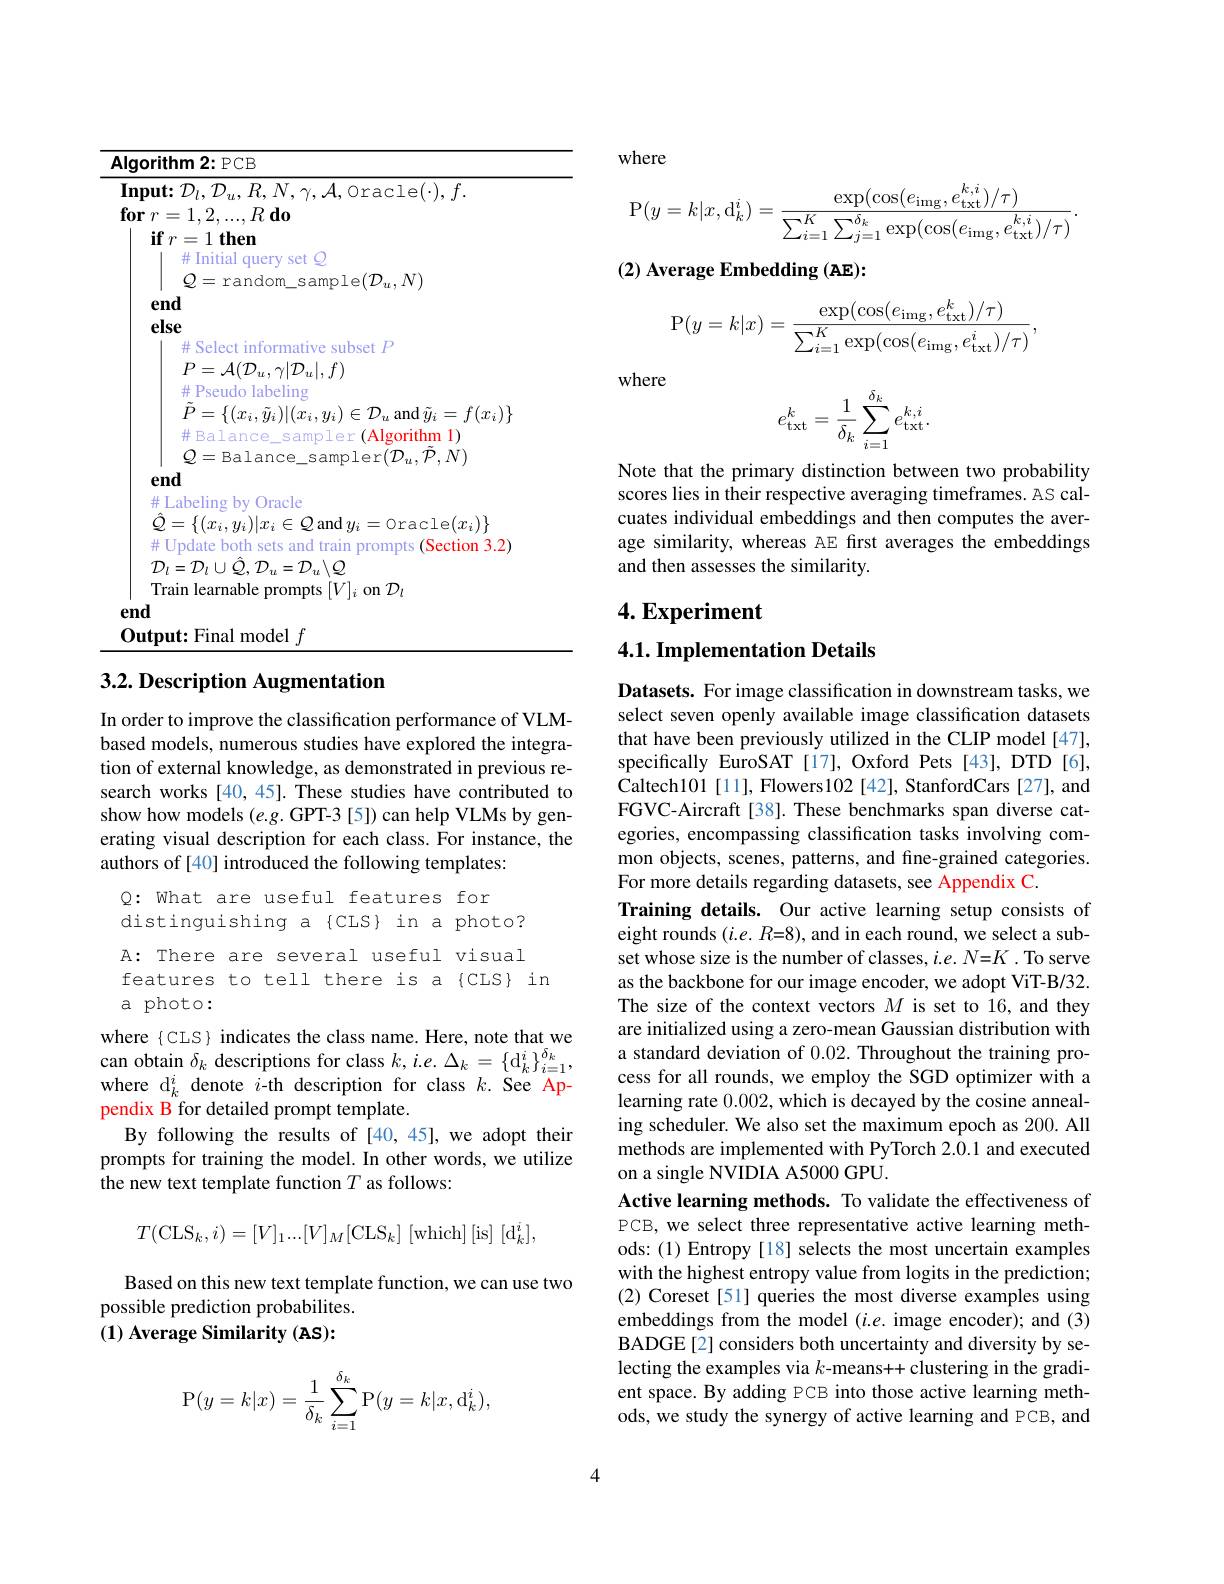
<table>
	<tbody>
		<tr>
			<td>$lg$ T</td>
			<td>${: }\mathbf{hm}$ 2{:} PCB</td>
		</tr>
		<tr>
			<td>$3\mathbf{n}$</td>
			<td> </td>
		</tr>
		<tr>
			<td>T 11</td>
			<td>ut:Final model $f$</td>
		</tr>
	</tbody>
</table>
3.2. Description Augmentation

In order to improve the classification performance of VLMbased models, numerous studies have explored the integration of external knowledge, as demonstrated in previous research works [40, 45]. These studies have contributed to show how models (e.g. GPT-3 [5]) can help VLMs by generating visual description for each class. For instance, the authors of [40] introduced the following templates:

$Q:$ What are useful features for
distinguishing a{CLS} in a photo? A: There are several useful visual features to tell there is a{CLS} in
a photo:

where $\{$CLS$\}$ indicates the class name. Here, note that we can obtain $\delta _{k} $descriptions for class $k, i. e. \Delta _{k}= \{ \mathrm{d} _{k}^{i}\} _{i= 1}^{\delta _{k}}$, whor di dont ith donintion for class $k, i. e. \Delta _{k}= \{ \mathrm{d} _{k}^{i}\} _{i= 1}^{\delta _{k}}$, where d$_k^i$ denote $i$-th description for class $k.$ See Appendix B for detailed prompt template.
By following the results of [40,45],we adopt their prompts for training the model. In other words, we utilize the new text template function $T$ as follows:
$$T(\mathrm{CLS}_{k},i)=[V]_{1}...[V]_{M}[\mathrm{CLS}_{k}]\:\mathrm{[which]\:[is]\:[d_{k}^{i}]},$$
Based on this new text template function, we can use two
possible prediction probabilites. $( 1) \textbf{ Average Similarity }( \mathbf{AS}) :$
$$\mathrm{P}(y=k|x)=\frac{1}{\delta_k}\sum_{i=1}^{\delta_k}\mathrm{P}(y=k|x,\mathrm{d}_k^i),$$
where
$$\mathrm{P}(y=k|x,\mathrm{d}_{k}^{i})=\frac{\exp(\cos(e_{\mathrm{img}},e_{\mathrm{txt}}^{k,i})/\tau)}{\sum_{i=1}^{K}\sum_{j=1}^{\delta_{k}}\exp(\cos(e_{\mathrm{img}},e_{\mathrm{txt}}^{k,i})/\tau)}.$$
## (2) Average Embedding (AE):
$$\mathrm{P}(y=k|x)=\frac{\exp(\cos(e_{\mathrm{img}},e_{\mathrm{txt}}^{k})/\tau)}{\sum_{i=1}^{K}\exp(\cos(e_{\mathrm{img}},e_{\mathrm{txt}}^{i})/\tau)},$$
where
$$e_{\mathrm{txt}}^k=\frac{1}{\delta_k}\sum_{i=1}^{\delta_k}e_{\mathrm{txt}}^{k,i}.$$
Note that the primary distinction between two probability scores lies in their respective averaging timeframes. AS calcuates individual embeddings and then computes the average similarity, whereas AE first averages the embeddings and then assesses the similarity.

## $4. \textbf{Experiment}$

4.1. Implementation Details

Datasets. For image classification in downstream tasks, we select seven openly available image classification datasets that have been previously utilized in the CLIP model [47], specifically EuroSAT [17], Oxford Pets [43], DTD [6], Caltech101[11], Flowers102[42], StanfordCars[27], and FGVC-Aircraft[38]. These benchmarks span diverse categories, encompassing classification tasks involving common objects, scenes, patterns, and fine-grained categories. For more details regarding datasets, see Appendix C.
Training details. Our active learning setup consists of eight rounds $(i.e.R{=}8)$, and in each round, we select a subset whose size is the number of classes, $i.e.N{=}K.$ To serve as the backbone for our image encoder, we adopt ViT-B/32. The size of the context vectors $M$ is set to 16, and they are initialized using a zero-mean Gaussian distribution with a standard deviation of 0.02. Throughout the training process for all rounds, we employ the SGD optimizer with a learning rate 0.002, which is decayed by the cosine annealing scheduler. We also set the maximum epoch as 200. All methods are implemented with PyTorch 2.0.1 and executed on a single NVIDIA A5000 GPU.
Active learning methods. To validate the effectiveness of PCB, we select three representative active learning methods: (1) Entropy [18] selects the most uncertain examples with the highest entropy value from logits in the prediction; (2) Coreset[51] queries the most diverse examples using embeddings from the model $(i.e.$ image encoder); and (3) BADGE[2] considers both uncertainty and diversity by selecting the examples via $k$-means++ clustering in the gradient space. By adding PCB into those active learning methods, we study the synergy of active learning and PCB, and

4